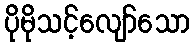
ပိုမိုသင့်လျော်သော